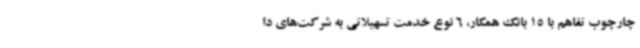
چارچوب تفاهم با 15 بانک همکار، 6 نوع خدمت تسهیلاتی به شرکت‌های دا